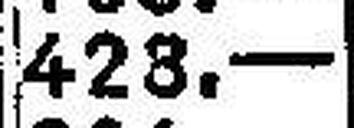
428.—